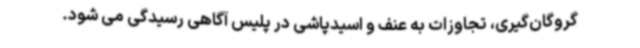
گروگان‌گیری، تجاوزات به عنف و اسیدپاشی در پلیس آگاهی رسیدگی می شود.